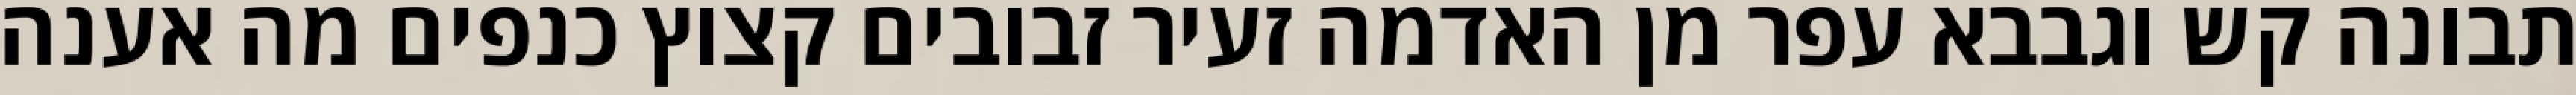
תבונה קש וגבבא עפר מן האדמה זעיר זבובים קצוץ כנפים מה אענה